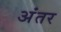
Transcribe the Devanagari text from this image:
अंंतर